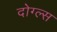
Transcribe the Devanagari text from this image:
दोग्ल्स